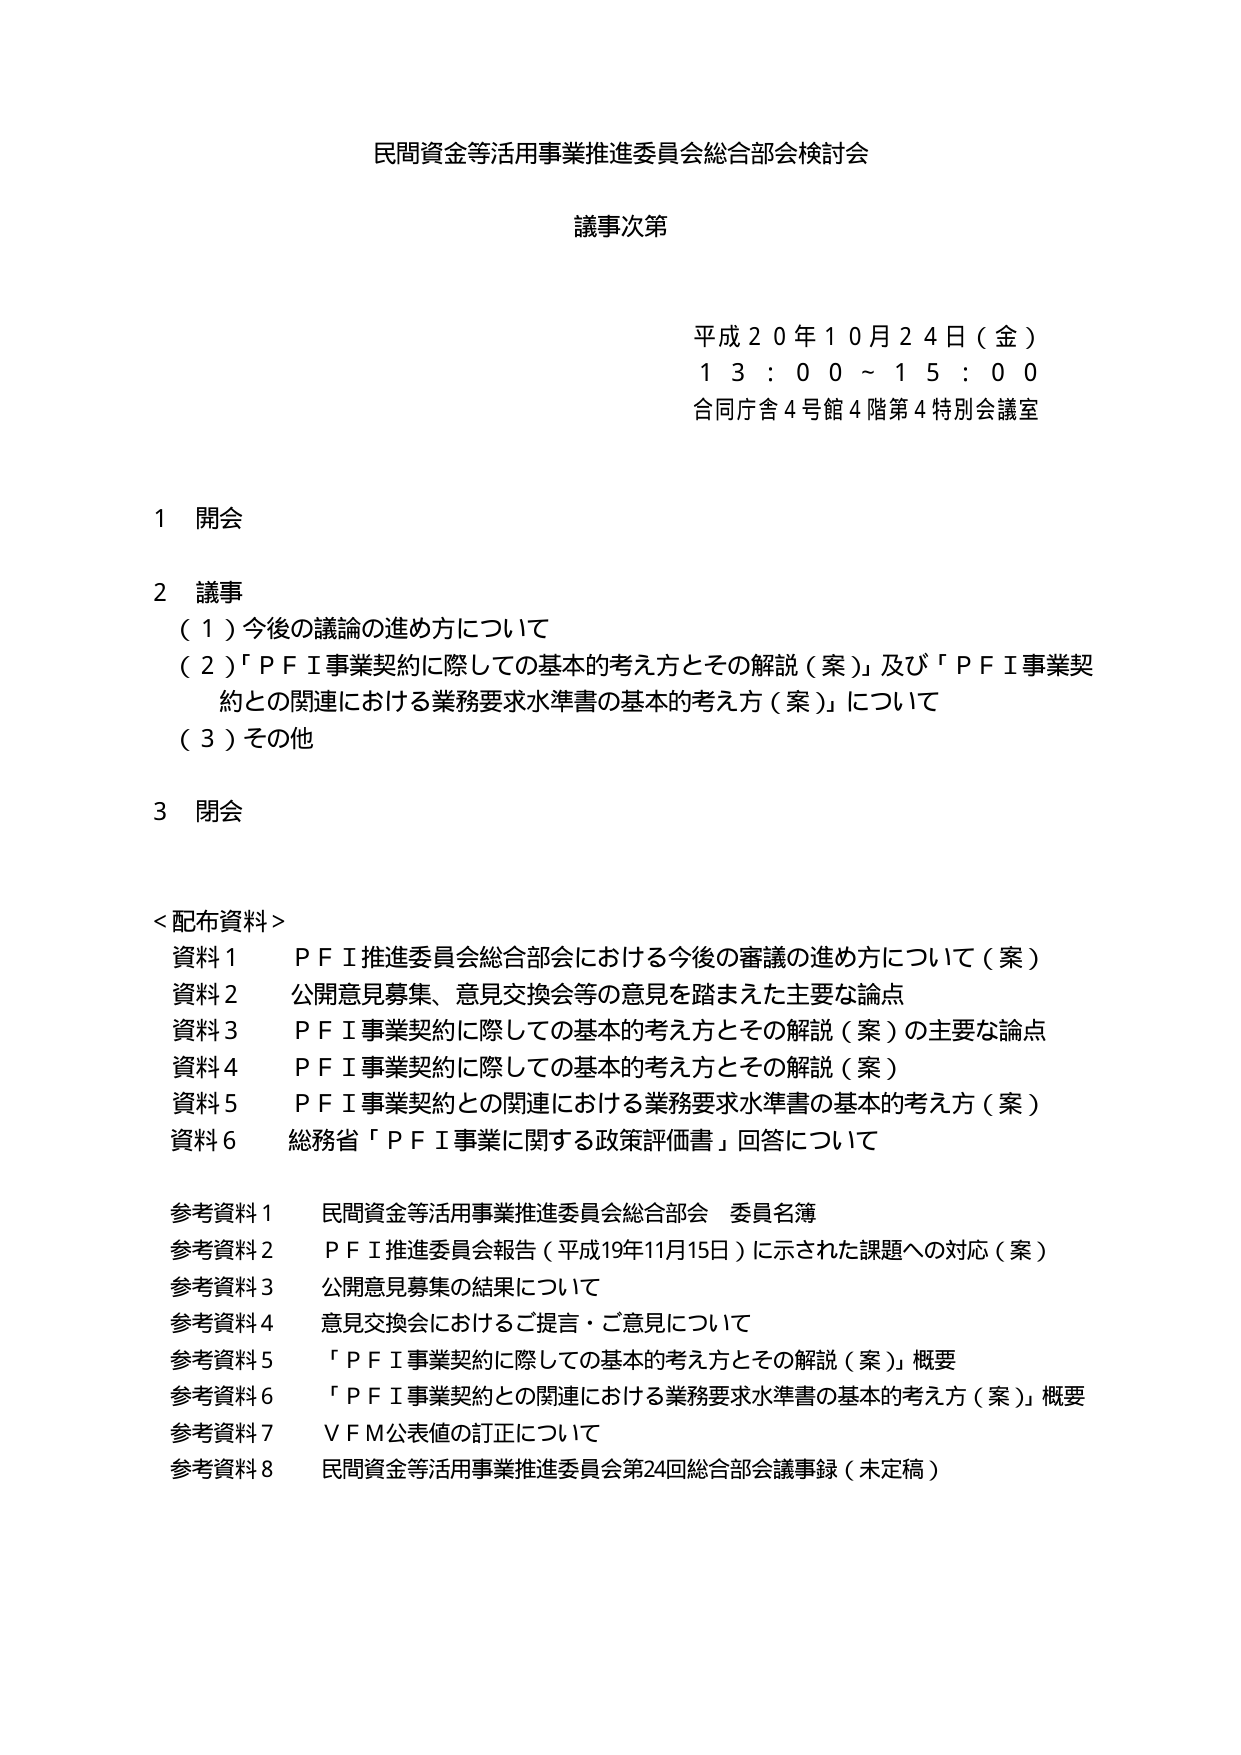
民間資金等活用事業推進委員会総合部会検討会

議事次第

平成２０年１０月２４日（金）
１３：００～１５：００
合同庁舎４号館４階第４特別会議室

１ 開会

２ 議事
（１）今後の議論の進め方について
（２）「ＰＦＩ事業契約に際しての基本的考え方とその解説（案）」及び「ＰＦＩ事業契約との関連における業務要求水準書の基本的考え方（案）」について
（３）その他

３ 閉会

＜配布資料＞
資料１ ＰＦＩ推進委員会総合部会における今後の審議の進め方について（案）
資料２ 公開意見募集、意見交換会等の意見を踏まえた主要な論点
資料３ ＰＦＩ事業契約に際しての基本的考え方とその解説（案）の主要な論点
資料４ ＰＦＩ事業契約に際しての基本的考え方とその解説（案）
資料５ ＰＦＩ事業契約との関連における業務要求水準書の基本的考え方（案）
資料６ 総務省「ＰＦＩ事業に関する政策評価書」回答について

参考資料１ 民間資金等活用事業推進委員会総合部会 委員名簿
参考資料２ ＰＦＩ推進委員会報告（平成19年11月15日）に示された課題への対応（案）
参考資料３ 公開意見募集の結果について
参考資料４ 意見交換会におけるご提言・ご意見について
参考資料５ 「ＰＦＩ事業契約に際しての基本的考え方とその解説（案）」概要
参考資料６ 「ＰＦＩ事業契約との関連における業務要求水準書の基本的考え方（案）」概要
参考資料７ ＶＦＭ公表値の訂正について
参考資料８ 民間資金等活用事業推進委員会第24回総合部会議事録（未定稿）